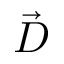
\vec { D }